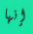
إنها